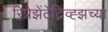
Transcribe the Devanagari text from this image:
रिप्रेझेंटेटिव्ह्झच्या